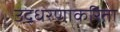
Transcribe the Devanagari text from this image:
उद्धरणाकरिता